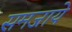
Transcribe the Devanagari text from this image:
समजाये